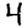
Digit: 4